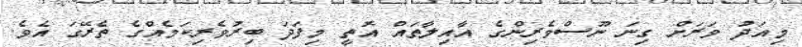
މިއަދު ވަރަށް ގިނަ ނޫސްވެރިންގެ އާއިލާތައް އޮތީ މިފަދަ ބިރުވެރިކަމެއްގެ ތެރޭގަ އެވެ.